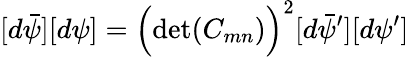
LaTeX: [d\bar{\psi}][d\psi]=\Bigl(\operatorname*{det}(C_{mn})\Bigr)^{2}[d\bar{\psi}^{\prime}][d\psi^{\prime}]